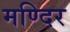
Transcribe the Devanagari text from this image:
मण्दिर